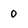
Character: 0